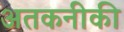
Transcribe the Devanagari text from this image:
अतकनीकी